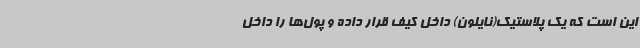
این است که یک پلاستیک(نایلون) داخل کیف قرار داده و پول‌ها را داخل